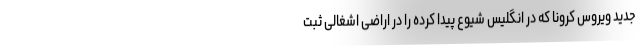
جدید ویروس کرونا که در انگلیس شیوع پیدا کرده را در اراضی اشغالی ثبت